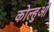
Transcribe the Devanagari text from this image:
कोल्हुओं